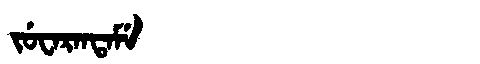
Manchu: ᠵᡠᠸᠠᡵᠠᠨᡨᠠᠮᡝ
Romanization: JUWARANTAME